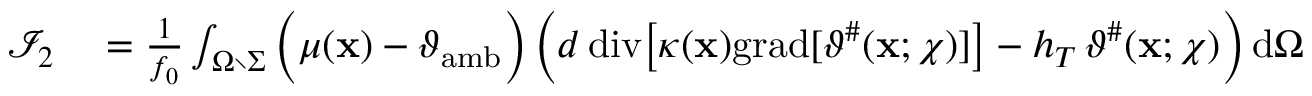
\begin{array} { r l } { \mathcal { I } _ { 2 } } & { { } = \frac { 1 } { f _ { 0 } } \int _ { \Omega \setminus \Sigma } \Big ( \mu ( \mathbf { x } ) - \vartheta _ { \mathrm { a m b } } \Big ) \, \Big ( d \, \mathrm { d i v } \big [ \kappa ( \mathbf { x } ) \mathrm { g r a d } [ \vartheta ^ { \# } ( \mathbf { x } ; \chi ) ] \big ] - h _ { T } \, \vartheta ^ { \# } ( \mathbf { x } ; \chi ) \Big ) \, \mathrm { d } \Omega } \end{array}